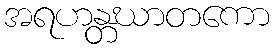
အရဟန္တဃာတကော